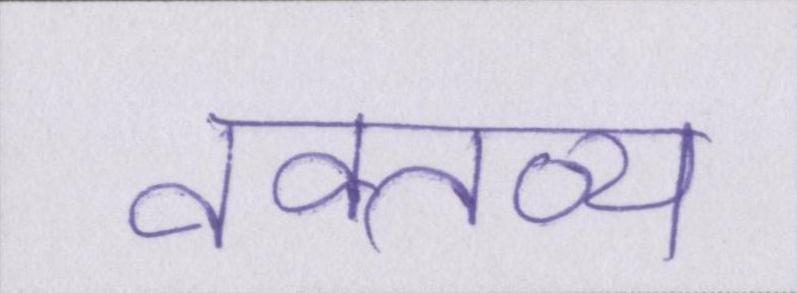
वक्तव्य